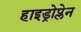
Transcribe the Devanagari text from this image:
हाइड्रोप्लेन